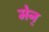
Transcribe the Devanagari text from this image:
मेन्